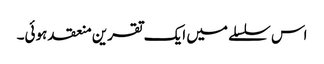
اس سلسلے میں ایک تقرین منعقد ہوئی۔